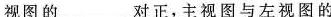
视图的___对正，主视图与左视图的